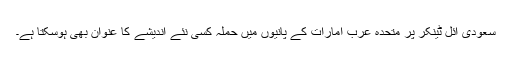
سعودی آئل ٹینکر پر متحدہ عرب امارات کے پانیوں میں حملہ کسی نئے اندیشے کا عنوان بھی ہوسکتا ہے۔